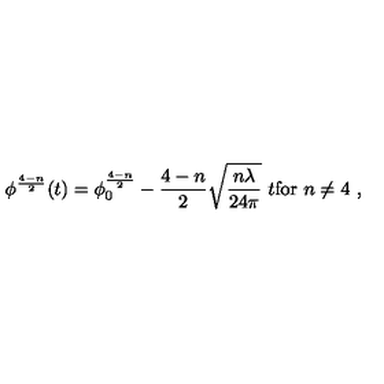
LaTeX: \phi ^ { \frac { 4 - n } { 2 } } ( t ) = \phi _ { 0 } ^ { \frac { 4 - n } { 2 } } - \frac { 4 - n } { 2 } \sqrt { \frac { n \lambda } { 2 4 \pi } } \ t \mathrm { f o r } \ n \not = 4 \ ,